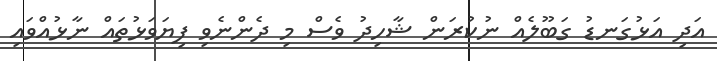
އަދި އަޅުގަނޑު ގަބޫލެއް ނުކުރަން ޝާހިދު ވެސް މި ދެންނެވި ފިޔަވަޅުތައް ނާޅުއްވައި